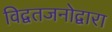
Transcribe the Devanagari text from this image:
विद्वतजनोद्वारा